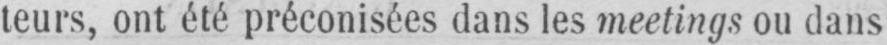
teurs, ont été préconisées dans les meetings ou dans